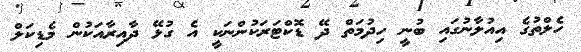
ހެލްތުގެ އިއުލާނުގައި ބުނީ ހިދުމަތް ދޭ ޑޮކްޓަރަކުންނަކީ އެ ގުޅޭ ދާއިރާއަކުން މެޑިކަލް